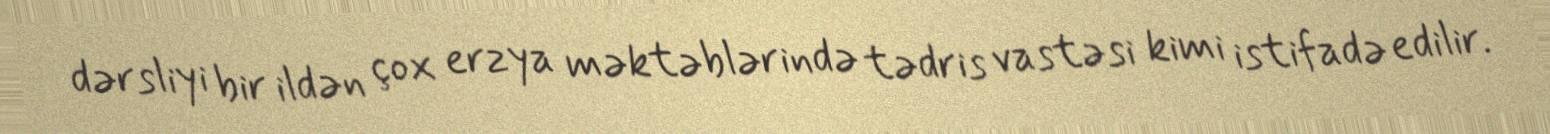
dərsliyi bir ildən çox erzya məktəblərində tədris vastəsi kimi istifadə edilir.